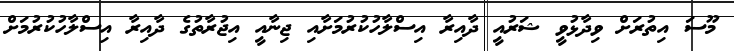
މޫސަ އިތުރަށް ވިދާޅުވީ ޝަރުއީ ދާއިރާ އިސްލާހުކުރުމަށާއި ޖިނާއީ އިޖުރާތުގެ ދާއިރާ އިސްލާހުކުރުމަށް